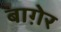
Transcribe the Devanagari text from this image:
बाग़ेर